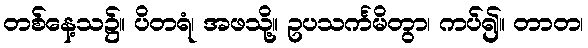
တစ်နေ့သ၌။ ပိတရံ၊ အဖသို့။ ဥပသင်္ကမိတွာ၊ ကပ်၍။ တာတ၊